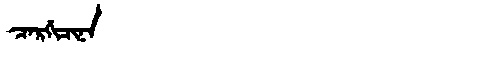
Manchu: ᠴᠠᡵᡤᡳᠴᡳᠨᠠ
Romanization: CARGICINA